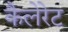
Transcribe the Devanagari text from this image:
कैलेरेट